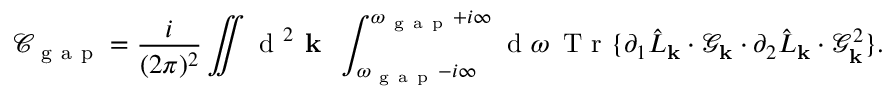
\mathcal { C } _ { \mathrm { ~ g ~ a ~ p ~ } } = \frac { i } { ( 2 \pi ) ^ { 2 } } \iint \mathrm { ~ d ~ } ^ { 2 } \textbf { k } \, \int _ { \omega _ { \mathrm { ~ g ~ a ~ p ~ } } - i \infty } ^ { \omega _ { \mathrm { ~ g ~ a ~ p ~ } } + i \infty } \mathrm { ~ d ~ } \omega \, \mathrm { ~ T ~ r ~ } \{ \partial _ { 1 } \hat { L } _ { \mathbf { k } } \cdot \mathcal { G } _ { \mathbf { k } } \cdot \partial _ { 2 } \hat { L } _ { \mathbf { k } } \cdot \mathcal { G } _ { \mathbf { k } } ^ { 2 } \} .